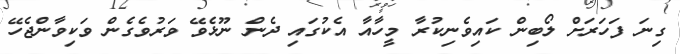
ގިނަ ފަހަރަށް ލޯބިން ކައިވެނިކުރާ މީހާއާ އެކުގައި ދެން ނޫޅެވޭ ވަރުވެގެން ވަކިވާންޖެހޭ